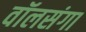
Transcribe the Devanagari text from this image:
वॉलसंगा